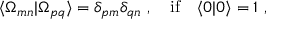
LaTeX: \langle \Omega _ { m n } | \Omega _ { p q } \rangle = \delta _ { p m } \delta _ { q n } \ , \quad \mathrm { i f } \quad \langle 0 | 0 \rangle = 1 \ ,